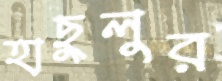
হাছুলুর